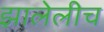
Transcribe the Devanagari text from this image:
झालेलीच